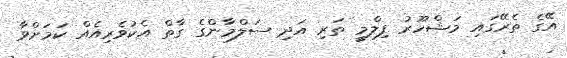
އޭގެ ތެރޭގައި މަޝްހޫރު ފިލްމީ ތަރި އަދި ސަލްމާންގެ ގާތް އެކުވެރިއެއް ކަމަށްވާ